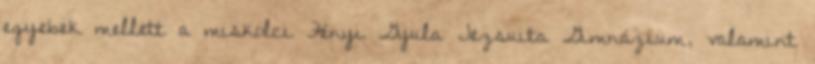
egyebek mellett a miskolci Fényi Gyula Jezsuita Gimnázium, valamint